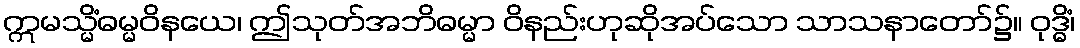
ဣမသ္မိံဓမ္မဝိနယေ၊ ဤသုတ်အဘိဓမ္မာ ဝိနည်းဟုဆိုအပ်သော သာသနာတော်၌။ ဝုဒ္ဓိံ၊